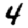
Digit: 4